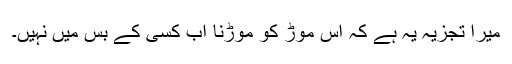
میرا تجزیہ یہ ہے کہ اس موڑ کو موڑنا اب کسی کے بس میں نہیں۔